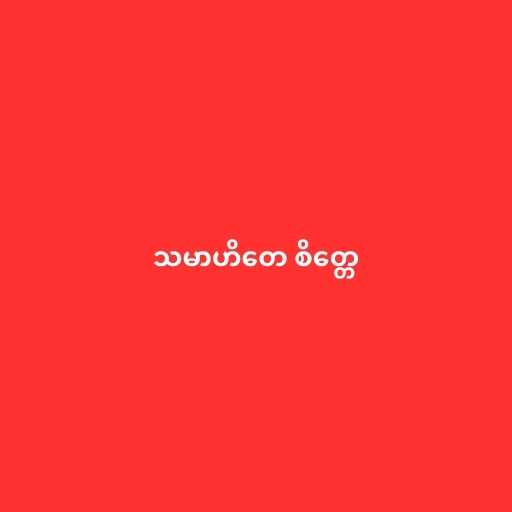
သမာဟိတေ စိတ္တေ